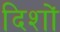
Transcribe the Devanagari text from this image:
दिशों